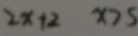
2 x + 2 x > 5